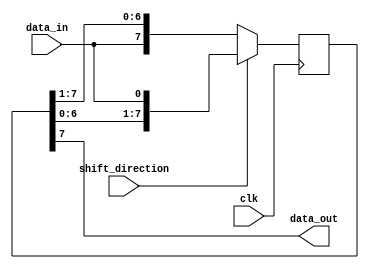
module shift_register(
  input wire data_in,
  input wire clk,
  input wire shift_direction,
  output reg data_out
);

reg [7:0] register;

always @(posedge clk) begin
  if(shift_direction)
    register <= {register[6:0], data_in};
  else
    register <= {data_in, register[7:1]};
end

assign data_out = register[7];

endmodule